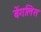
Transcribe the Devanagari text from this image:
बेंगलिस